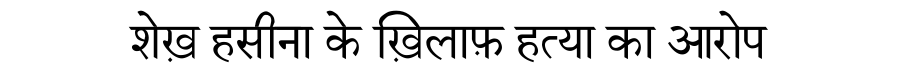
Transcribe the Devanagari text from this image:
शेख़ हसीना के ख़िलाफ़ हत्या का आरोप